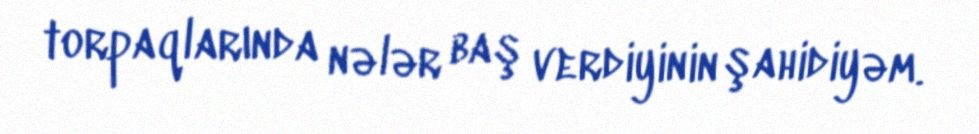
torpaqlarında nələr baş verdiyinin şahidiyəm.